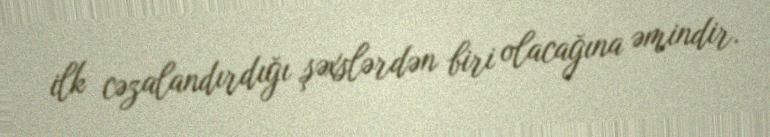
ilk cəzalandırdığı şəxslərdən biri olacağına əmindir.